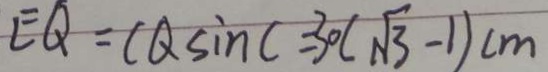
E Q = C Q \sin C = 3 0 ( \sqrt { 3 } - 1 ) c m